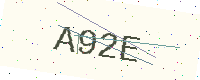
Text: A92E